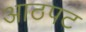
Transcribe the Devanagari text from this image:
आठपट